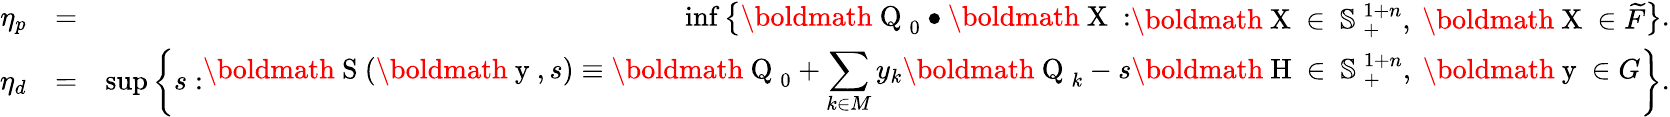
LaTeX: \begin{array}{rlr}{\eta_{p}}&{=}&{\operatorname*{inf}\left\{ \mathrm{\boldmath~Q~}_{0}\bullet\mathrm{\boldmath~X~}:\begin{array}{ll}{\mathrm{\boldmath~X~}\in\mathrm{~\mathbb{S}~}_{+}^{1+n},\ \mathrm{\boldmath~X~}\in\widetilde{F}}\end{array}\right\} .}\\ {\eta_{d}}&{=}&{\operatorname*{sup}\left\{ s:\begin{array}{ll}{\displaystyle\mathrm{\boldmath~S~}(\mathrm{\boldmath~y~},s)\equiv\mathrm{\boldmath~Q~}_{0}+\sum_{k\in M}y_{k}\mathrm{\boldmath~Q~}_{k}-s\mathrm{\boldmath~H~}\in\mathrm{~\mathbb{S}~}_{+}^{1+n},\ \mathrm{\boldmath~y~}\in G}\end{array}\right\} .}\end{array}